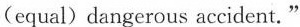
(equal)dangerous accident."